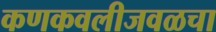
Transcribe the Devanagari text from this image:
कणकवलीजवळचा